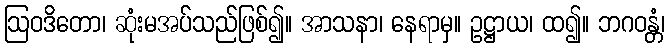
ဩဝဒိတော၊ ဆုံးမအပ်သည်ဖြစ်၍။ အာသနာ၊ နေရာမှ။ ဥဋ္ဌာယ၊ ထ၍။ ဘဂဝန္တံ၊